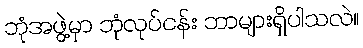
ဘုံအဖွဲ့မှာ ဘုံလုပ်ငန်း ဘာများရှိပါသလဲ။